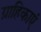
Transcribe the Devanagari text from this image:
ग्राहिकाएं